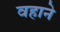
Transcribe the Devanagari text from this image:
वहाने